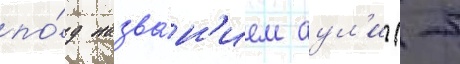
по́д назва́н'ием аул'и (-